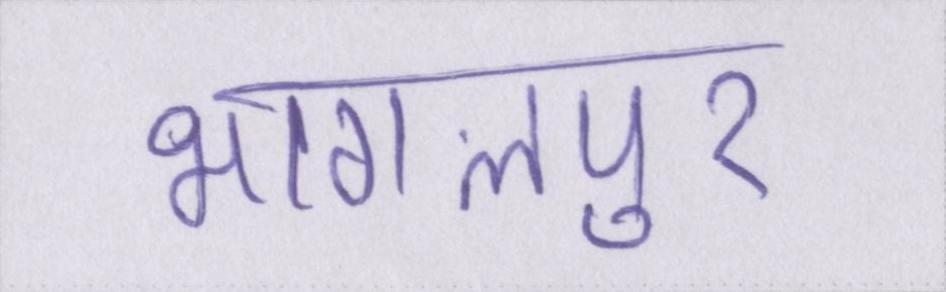
भागलपुर